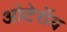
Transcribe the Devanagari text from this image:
ओटेरॉय